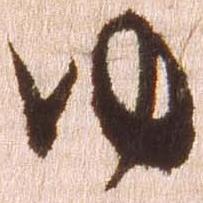
ゆ